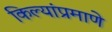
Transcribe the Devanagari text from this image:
किल्यांप्रमाणे